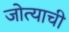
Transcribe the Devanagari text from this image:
जोत्याची